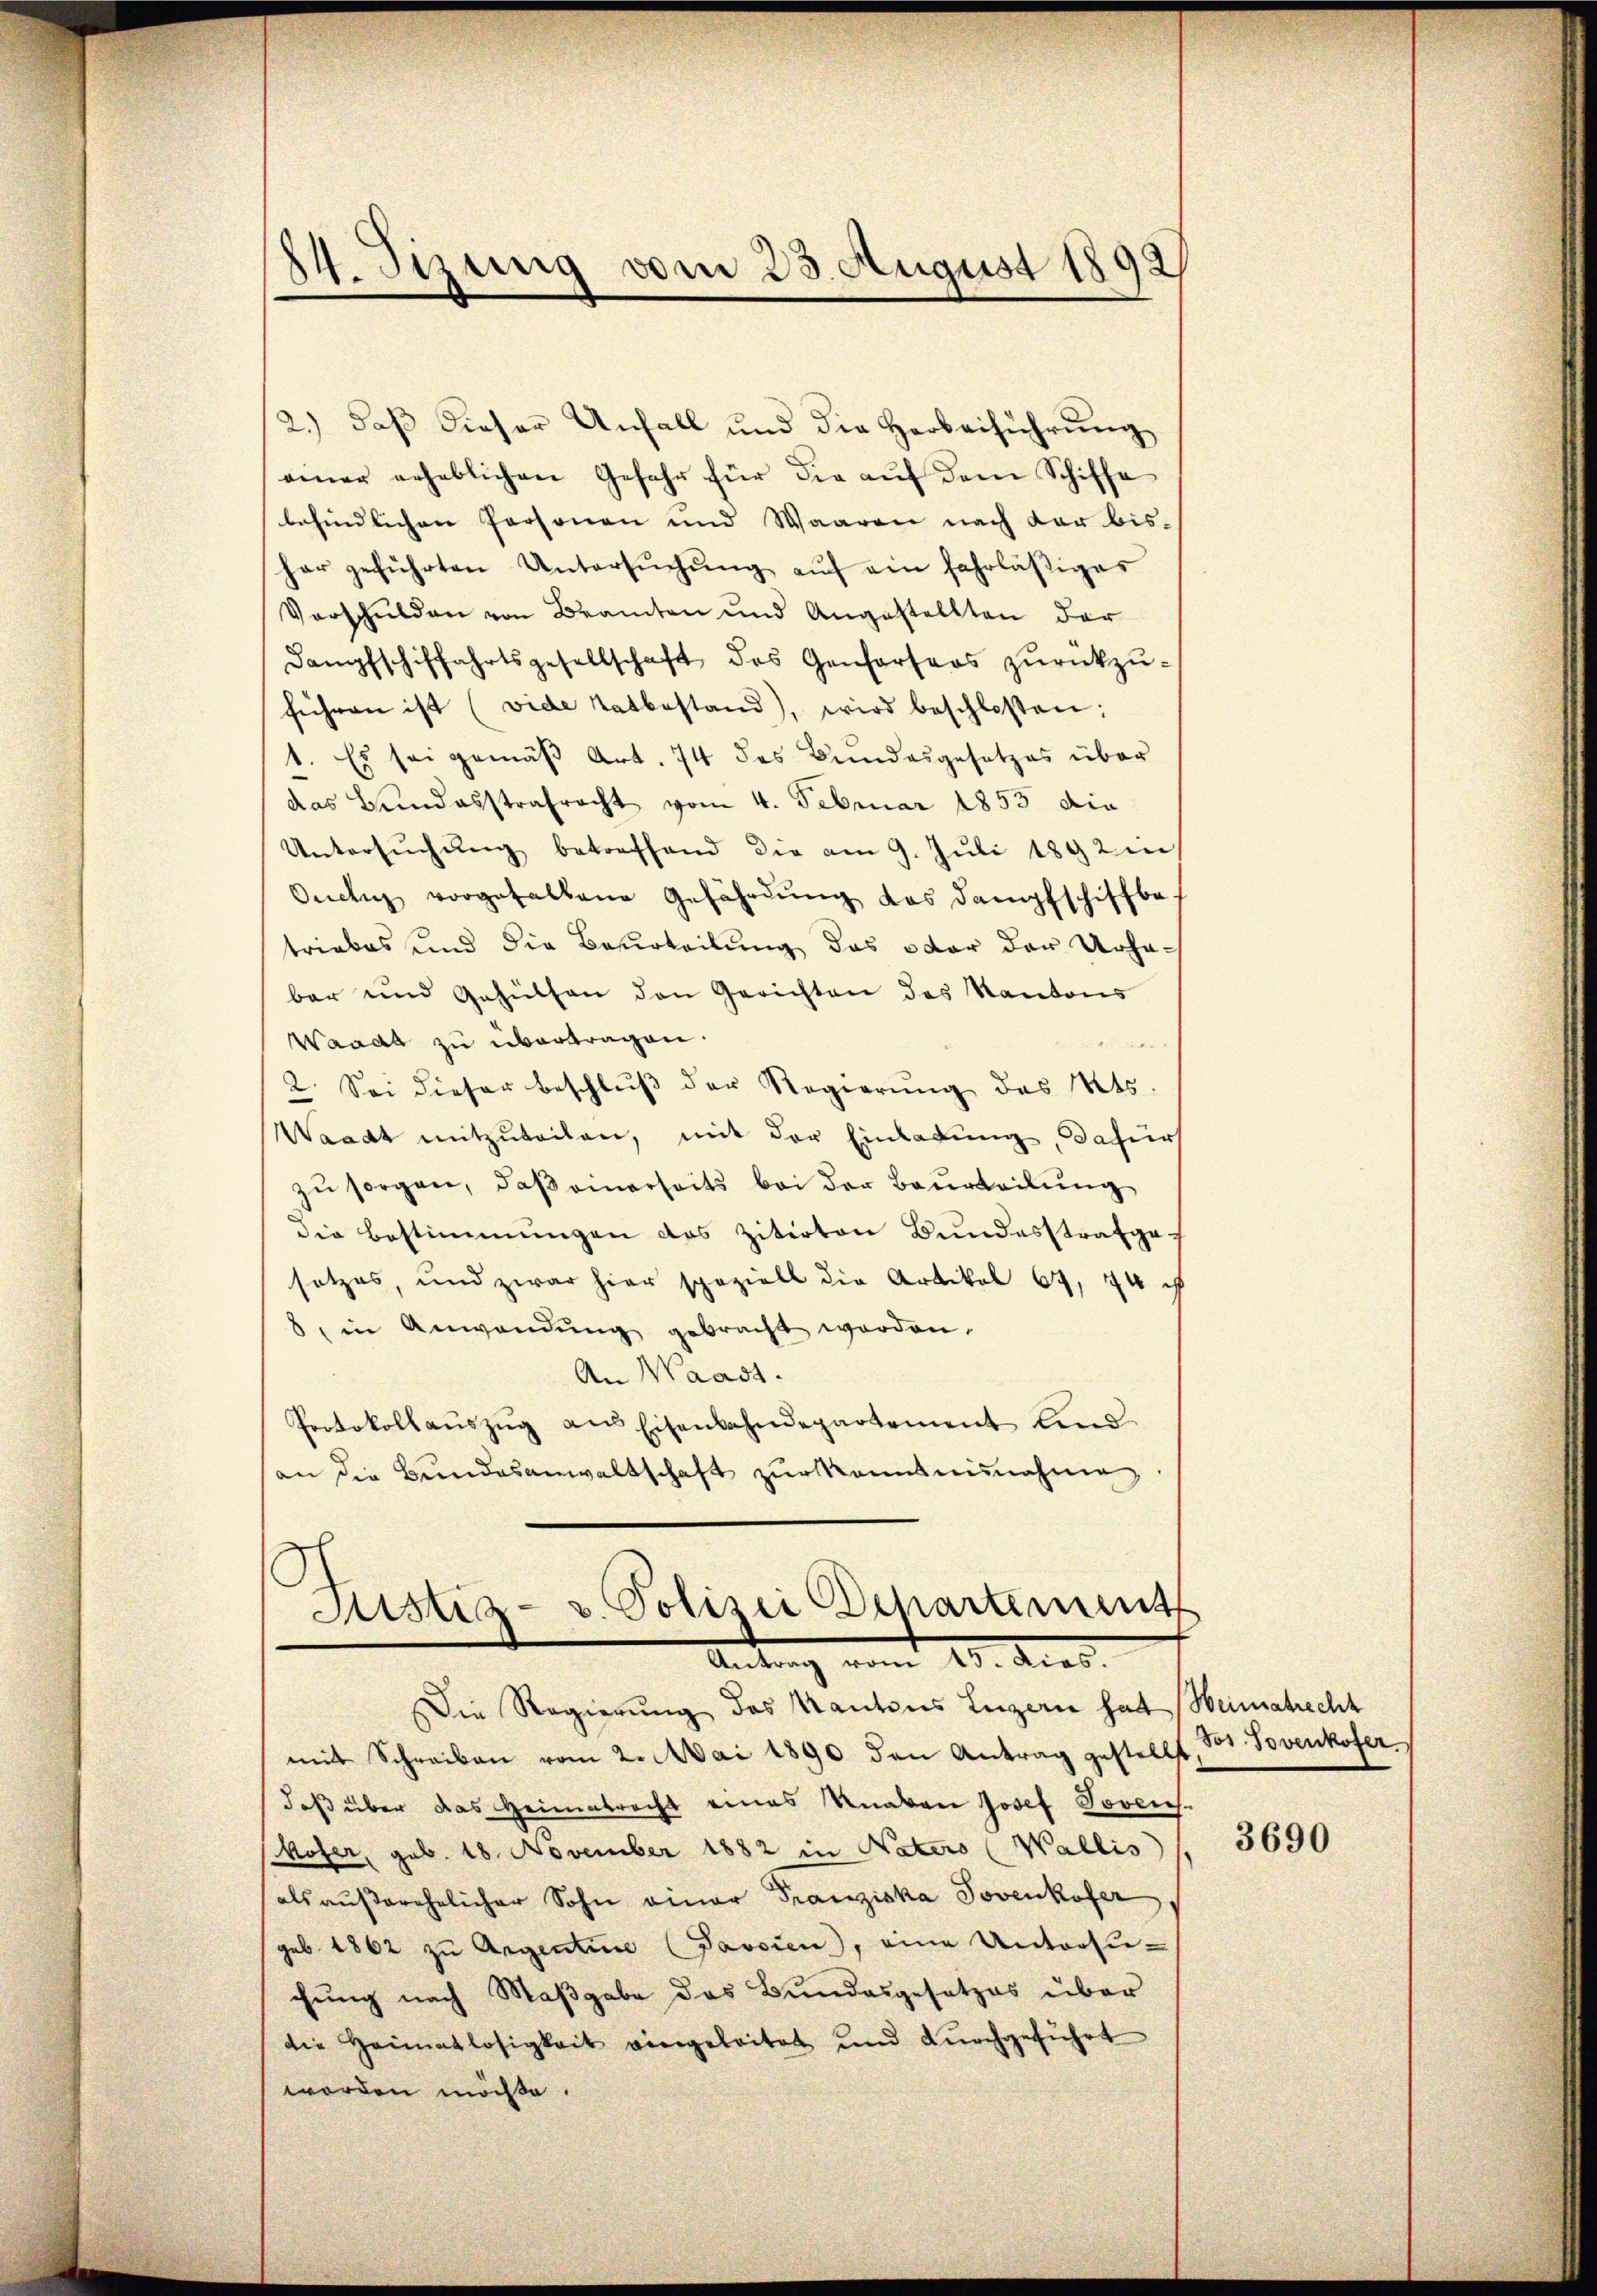
24. Sizung vom 23. August 1892

2.) daß dieser Unfall und die Herbeiführung
einer erheblichen Gefahr für die auf dem Schiffe
befindlichen Personen und Waaren nach der bis-
her geführten Untersŭchŭng aŭf ein fahrläßiges
Vorschulden von Bramten und Angestellten der
Dampfschiffahrtsgesellschaft des Genferters zŭrückzŭ-
führen ist (vide Tatbestand), wird beschloßen:
1. Es sei gemäß Art. 74 des Bundesgesetzes über
das Bundesstrafracht vom 4. Februar 1853 die
Untersŭchŭng betreffend die am 9. Juli 1892 in
Ouch vorgefallene Gefährdŭng das Dampfschiffba
triebes und die Beurteilung das oder der Urhabar und Gehülfen den Gerichten des Kantons
Waadt zu übertragen.
2. Sei dieser Beschlŭβ der Regierŭng des Mts.
Waadt mitzŭteilen, mit der Einladung, dafür
zu sorgen, daß einerseits bei der Beurteilung
die Bestimmungen des zitirten Bundesstrafgesetzes, und zwar hier speziell die Artikel 67, 44 u
6, in Anwendung gebracht werden.
An Waadt.
Protokollaŭszŭg ans Eisenbahndepartement lind
an die Bundesanwaltschaft zur kanntnisnahme,
Justiz- & Polizei Departement

Antrag vom 10. ders.

Die Regierung des Kantons Luzern hat Heimatrecht
mit Schreiben vom 2. Mai 1890 den Antrag gestellt, St. Povenkofer
daß über das Heimatrecht eines Knaben Josef Toverskofer, geb. 18. November 1882 in Naters (Wallis
als außerehelicher Sohn einer Franziska Jovenkofer
geb. 1862 zu Argentine (Favsien, eine Untersuchung nach Maßgabe das Bundesgesetzes über
die Heimatlosigkeit eingeleitet und dŭrchgeführt
worden möchte.

3690